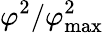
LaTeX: \varphi^{2}/\varphi_{\mathrm{max}}^{2}